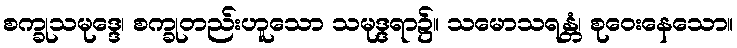
စက္ခုသမုဒ္ဒေ၊ စက္ခုတည်းဟူသော သမုဒ္ဒရာ၌။ သမောသရန္တံ၊ စုဝေးနေသော။